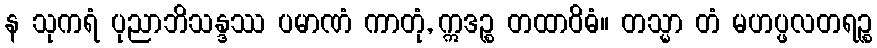
န သုကရံ ပုညာဘိသန္ဒဿ ပမာဏံ ကာတုံ, ဣဒဉ္စ တထာဝိဓံ။ တသ္မာ တံ မဟပ္ဖလတရဉ္စ